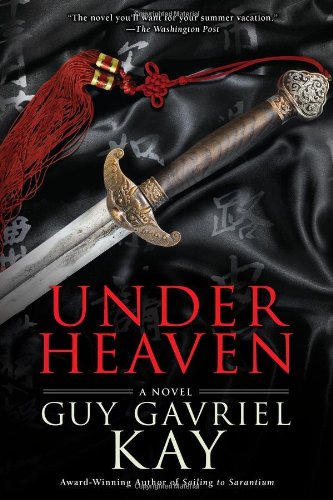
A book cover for Under Heaven; Guy Gavriel Kay; Science Fiction & Fantasy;